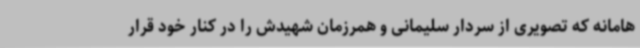
هامانه که تصویری از سردار سلیمانی و همرزمان شهیدش را در کنار خود قرار